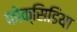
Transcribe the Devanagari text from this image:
कोक्सिडिया